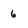
Character: 6